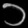
Digit: ၁